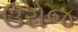
ઉરોજ